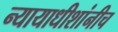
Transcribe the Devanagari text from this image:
न्यायाधीशांनीच